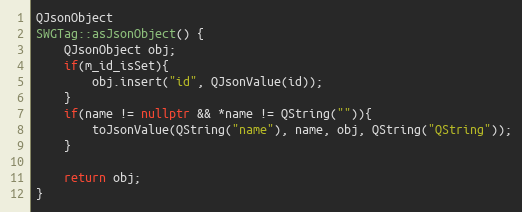
Language: C++
QJsonObject
SWGTag::asJsonObject() {
    QJsonObject obj;
    if(m_id_isSet){
        obj.insert("id", QJsonValue(id));
    }
    if(name != nullptr && *name != QString("")){
        toJsonValue(QString("name"), name, obj, QString("QString"));
    }

    return obj;
}